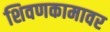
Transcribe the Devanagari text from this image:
शिवणकामावर